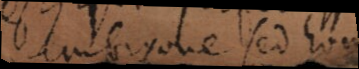
embryone sed hom